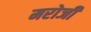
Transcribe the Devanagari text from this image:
मरोजी